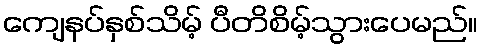
ကျေနပ်နှစ်သိမ့် ပီတိစိမ့်သွားပေမည်။